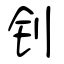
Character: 钊